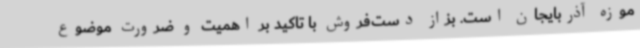
موزه آذربایجان است. بزاز دست‌فروش با تاکید بر اهمیت و ضرورت موضوع